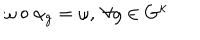
\omega \circ \alpha _ { g } = \omega , \ \forall g \in G ^ { \kappa }